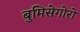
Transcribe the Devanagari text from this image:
बुमिसेगोरो